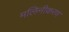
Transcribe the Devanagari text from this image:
मलिनीकरण